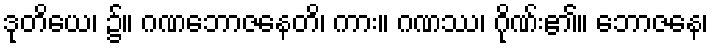
ဒုတိယေ၊ ၌။ ဂဏဘောဇနေတိ၊ ကား။ ဂဏဿ၊ ဂိုဏ်း၏။ ဘောဇနေ၊